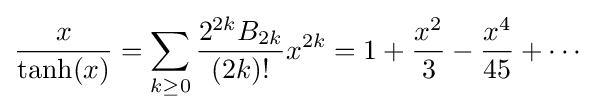
{x \over \tanh(x)}=\sum _{k\geq 0}{{2^{2k}B_{2k} \over (2k)!}x^{2k}}=1+{x^{2} \over 3}-{x^{4} \over 45}+\cdots